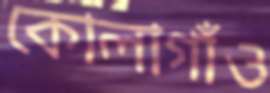
কোলাগাঁও